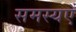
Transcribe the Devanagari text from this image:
समस्यएँ